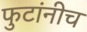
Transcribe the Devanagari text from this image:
फुटांनीच